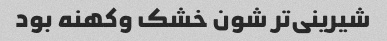
شیرینی‌تر شون خشک و‌کهنه بود